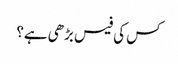
کس کی فیس بڑھی ہے؟